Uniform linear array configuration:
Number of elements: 16
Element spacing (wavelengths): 0.75
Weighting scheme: exponential
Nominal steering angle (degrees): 0
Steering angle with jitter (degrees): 1.733
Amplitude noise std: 0.05
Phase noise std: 0.05

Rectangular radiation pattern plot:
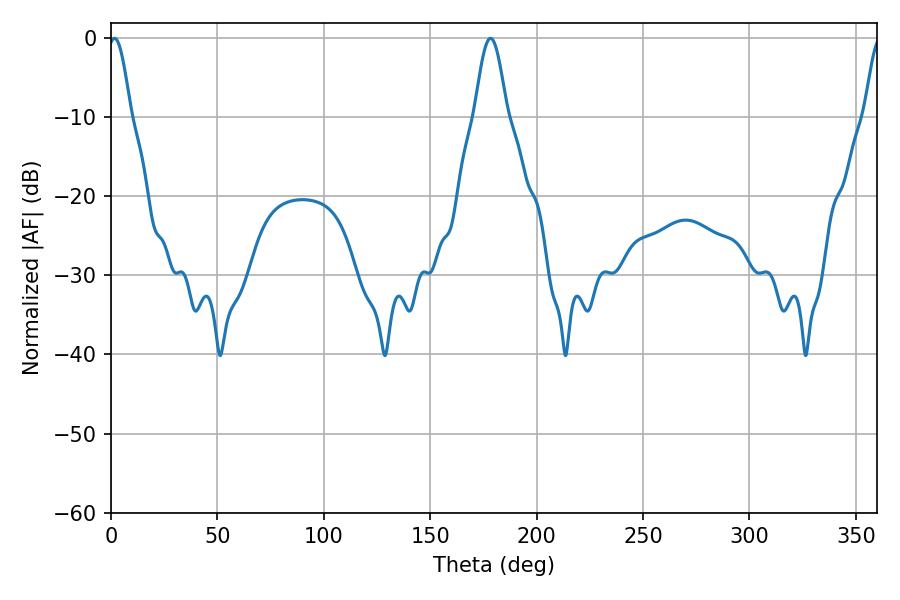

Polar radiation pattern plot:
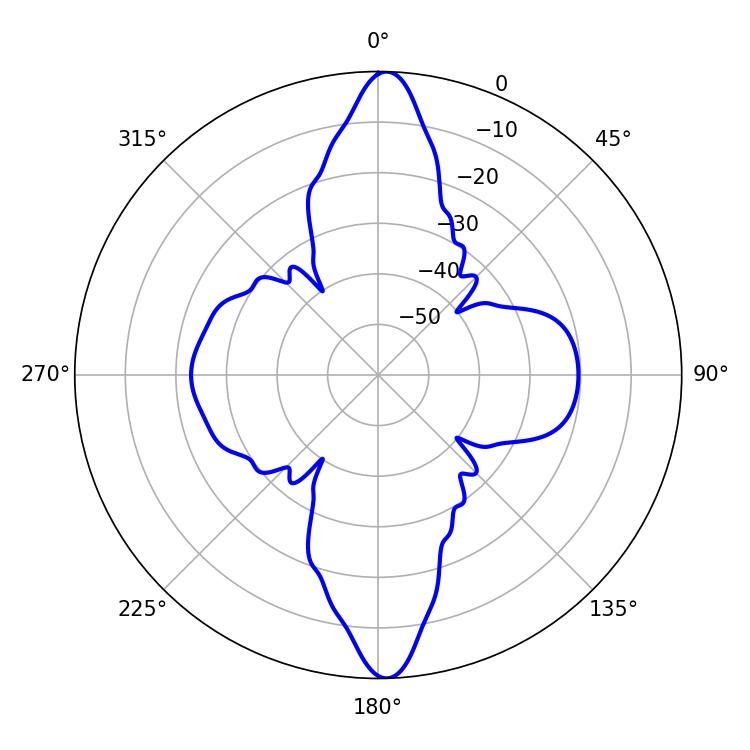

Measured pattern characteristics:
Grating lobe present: TRUE
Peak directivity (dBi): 23.036
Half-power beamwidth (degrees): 8.1
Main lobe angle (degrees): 178.38